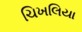
ચિખલિયા